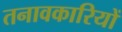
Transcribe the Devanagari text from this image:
तनावकारियों